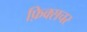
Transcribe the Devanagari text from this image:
फ़िक्सचर